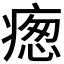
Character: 𭼙